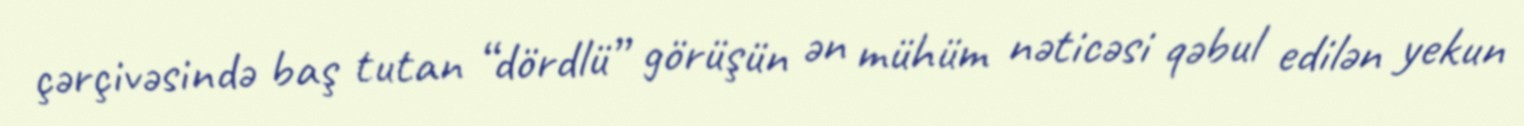
çərçivəsində baş tutan “dördlü” görüşün ən mühüm nəticəsi qəbul edilən yekun